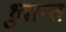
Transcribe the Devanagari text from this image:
ध्रुवान्त